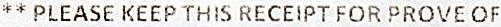
** PLEASE KEEP THIS RECEIPT FOR PROVE OF